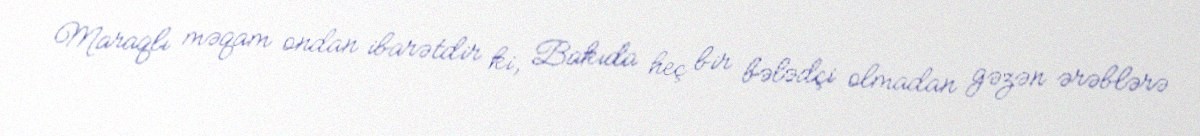
Maraqlı məqam ondan ibarətdir ki, Bakıda heç bir bələdçi olmadan gəzən ərəblərə